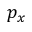
p _ { x }